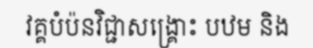
វគ្គបំប៉នវិជ្ជាសង្គ្រោះ បឋម និង